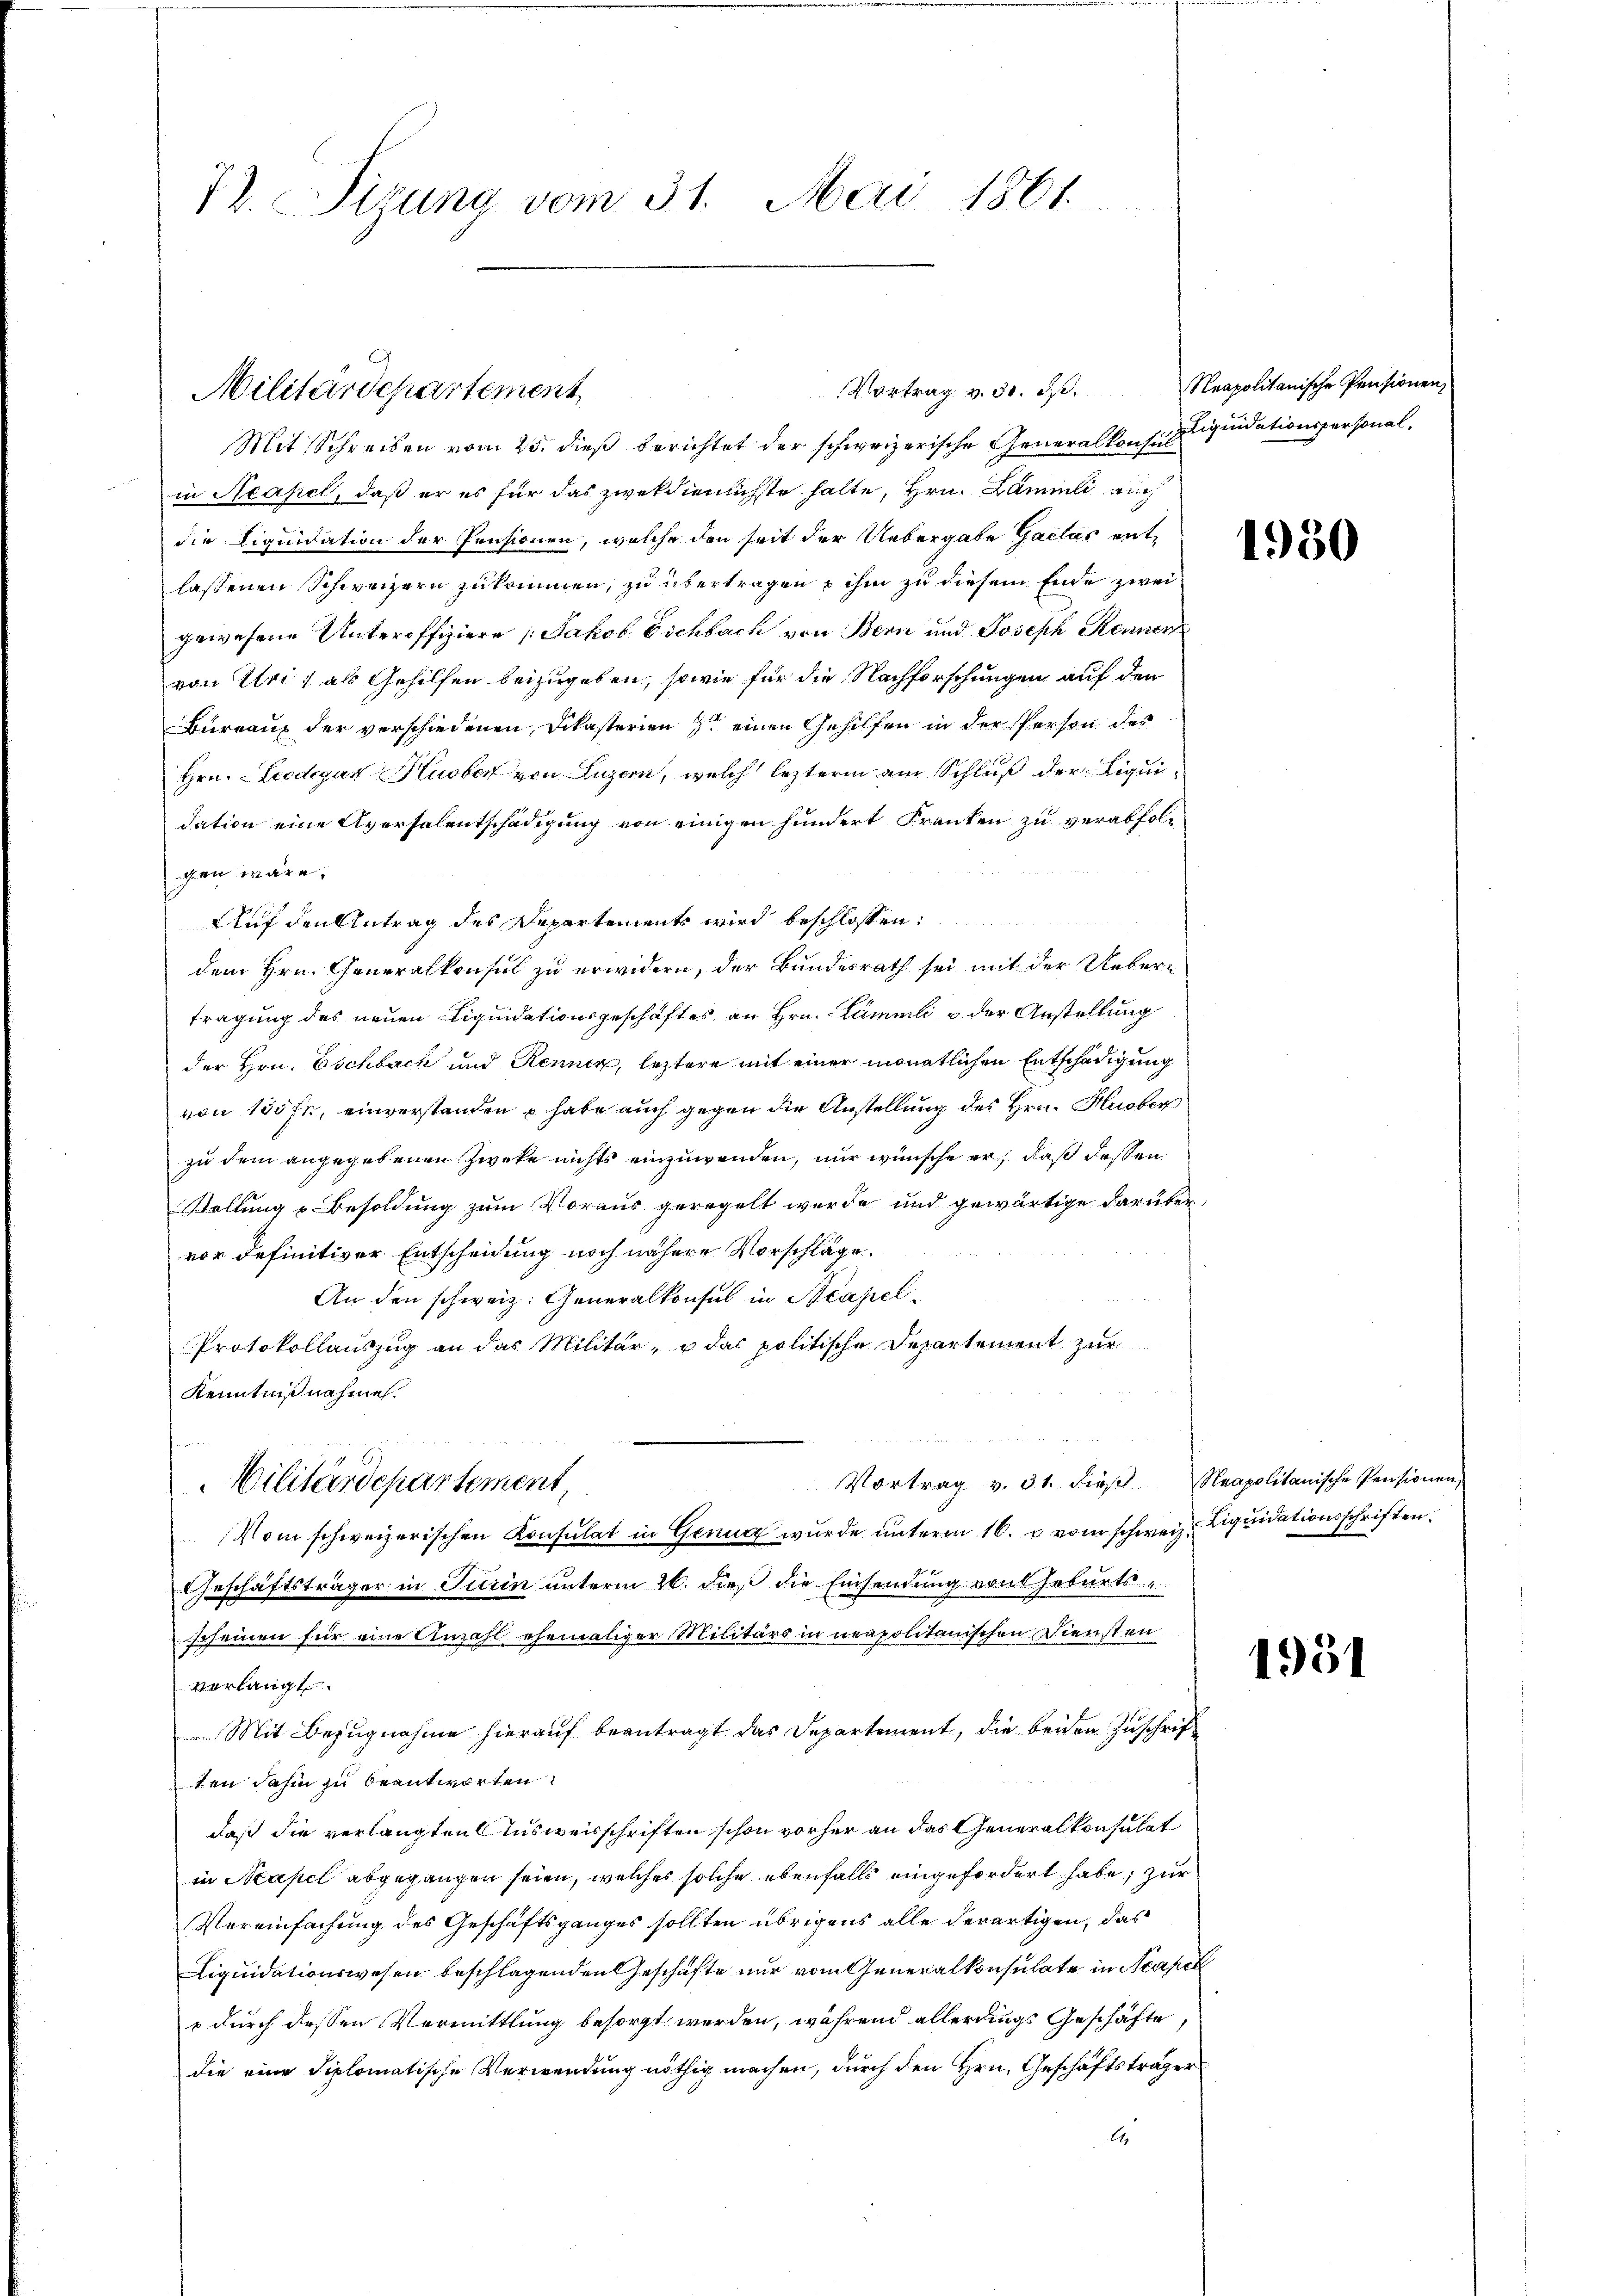
72. Sizung vom 31. Mai 1861.

Militärdepartement

Vortrag v. 30. d.

Mit Schreiben vom 25. dieß berichtet der schweizerische Generalkonsul liquidationspersonalin Neapel, daß er es für das zweckdienlichste halte, Hrn. Lämmli auch
die Liquidation der Pensionen, welche den seit der Uebergabe Gaclas entlassenen Schweizern zukommen, zu übertragen ihm zu diesem Ende zwei
gewesene Unteroffiziere Jakob Eschbach von Bern und Joseph Kennen
von Uri, als Gehilfen beizugeben, sowie für die Nachforschungen auf den
Bureaux der verschiedenen Dikasterien einen Gehilfen in der Person des
Hrn. Leodegar Huber von Luzern, welch lezterm am Schluß der Liquidation eine Aversalentschädigung von einigen hundert Franken zu verabfolgen wäre.
¬
Auf den Antrag des Departements wird beschlossen:
dem Hrn. Generalkonsul zu erwidern, der Bundesrath sei mit der Uebertragung des neuen Liquidationsgeschäftes an Hrn. Lämmli e der Anstellung
der Hrn. Eschbach und Rennen, leztere mit einer monatlichen Entschädigung
von 150 fl, einverstanden habe auch gegen die Anstellung des Hrn. Huber
zu dem angegebenen Zwecke nichts einzuwenden, nur wünsche er, daß dassen
Stellung u. Besoldung zum Voraus geregelt werde und gewärtige darübervor definitiver Entscheidung noch nähere Vorschläge.
An den schweiz. Generalkonsul in Beapel¬
Protokollauszug an das Militär- u das politische Departement zur
Kenntnißnahmen.
Vortrag v. 31. dieβ. Neapolitanische Pensionen
Militärdepartement
Vom schweizerischen Konsulat in Genug wurde unterm 16. u. vom schweiz. Liquidationsschriften.
Geschäftsträger in Turin unterm 26. dieß die Einsendung von Hoburtsscheinen für eine Anzahl ehemaliger Militärs in neapolitanischen Diensten
verlangt.
 Mit Bezugnahme hierauf beantragt das Departement, die beiden Zuschrift
ten dahin zu beantworten
daß die verlangten Ausweisschriften schon vorher an das Generalkonsulat
in Neapel abgegangen seien, welches solche ebenfalls eingefordert habe; zur
Vereinfachung des Geschäftsganges sollten übrigens alle derartigen, das
Liquidationswesen beschlagenden Geschäfte nur vom Generalkonsulate in Neapel
 durch dessen Vormittlung besorgt worden, während allerdings Geschäfte,
die eine diplomatische Verwendung nöthig machen, durch den Hrn. Geschäftsträger
6

Neapolitanische Pensionen,

1950

1951